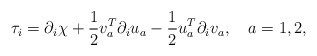
\begin{align*}\tau_i = \partial_i \chi + \frac12 v_a^T \partial_i u_a -\frac12 u_a^T \partial_i v_a, \quad a = 1,2,\end{align*}